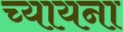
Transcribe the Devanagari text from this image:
च्यायना